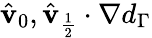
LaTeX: \hat{\mathbf{v}}_{0},\hat{\mathbf{v}}_{\frac{1}{2}}\cdot\nabla d_{\Gamma}